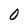
Character: 0